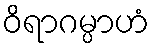
ဝိရာဂမ္ပာဟံ